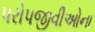
પરોપજીવીઓના